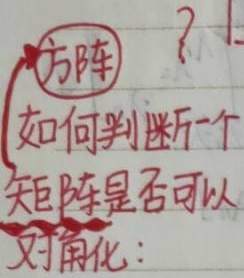
方阵如何判断一个矩阵是否可以对角化：